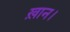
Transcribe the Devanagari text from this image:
ख़ान।